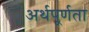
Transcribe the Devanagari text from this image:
अर्थपूर्णता